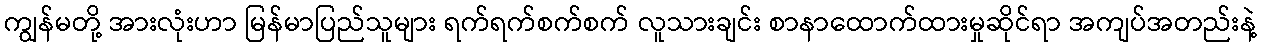
ကျွန်မတို့ အားလုံးဟာ မြန်မာပြည်သူများ ရက်ရက်စက်စက် လူသားချင်း စာနာထောက်ထားမှုဆိုင်ရာ အကျပ်အတည်းနဲ့